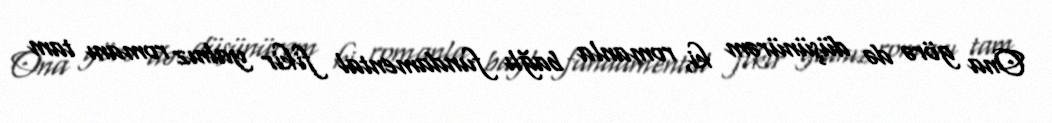
Ona görə də düşünürəm ki, romanla bağlı fundamental fikir yalnız romanı tam